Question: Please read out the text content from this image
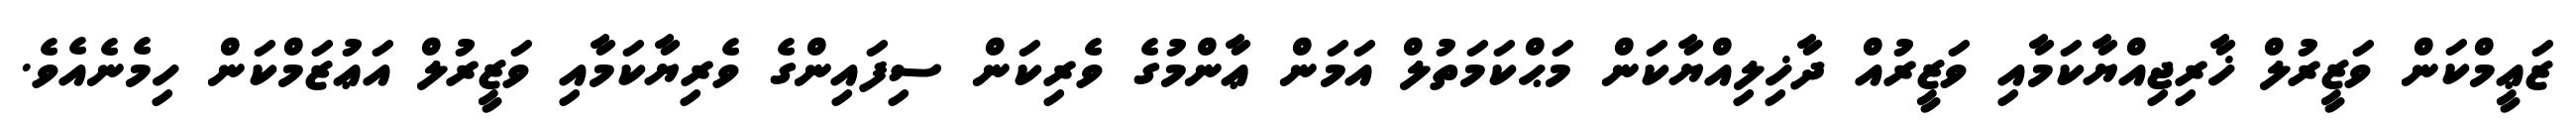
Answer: ޒަޢީމްކަން ވަޒީރުލް ޚާރިޖިއްޔާކަމާއި ވަޒީރުއް ދާޚިލިއްޔާކަން މަޙްކަމަތުލް އަމަން ޢާންމުގެ ވެރިކަން ސިފައިންގެ ވެރިޔާކަމާއި ވަޒީރުލް އަޢުޒަމްކަން ހިމެނެއެވެ.